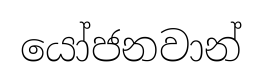
යෝජනවාන්